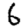
Digit: 6